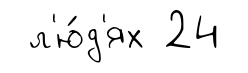
л'ю́д'ях 24